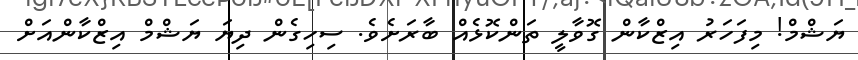
ޔަޝްމް! މިފަހަރު އިޒްކާން ގޮވާލީ ތަންކޮޅެއް ބާރަށެވެ. ސިހިގެން ދިޔަ ޔަޝްމް އިޒްކާންއަށް